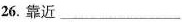
26.靠近___